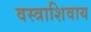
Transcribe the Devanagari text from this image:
वस्त्राशिवाय